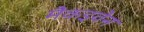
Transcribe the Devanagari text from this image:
मैकइवेन